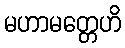
မဟာမတ္တေဟိ